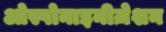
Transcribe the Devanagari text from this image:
ओस्पोनाइनीज़ेशन